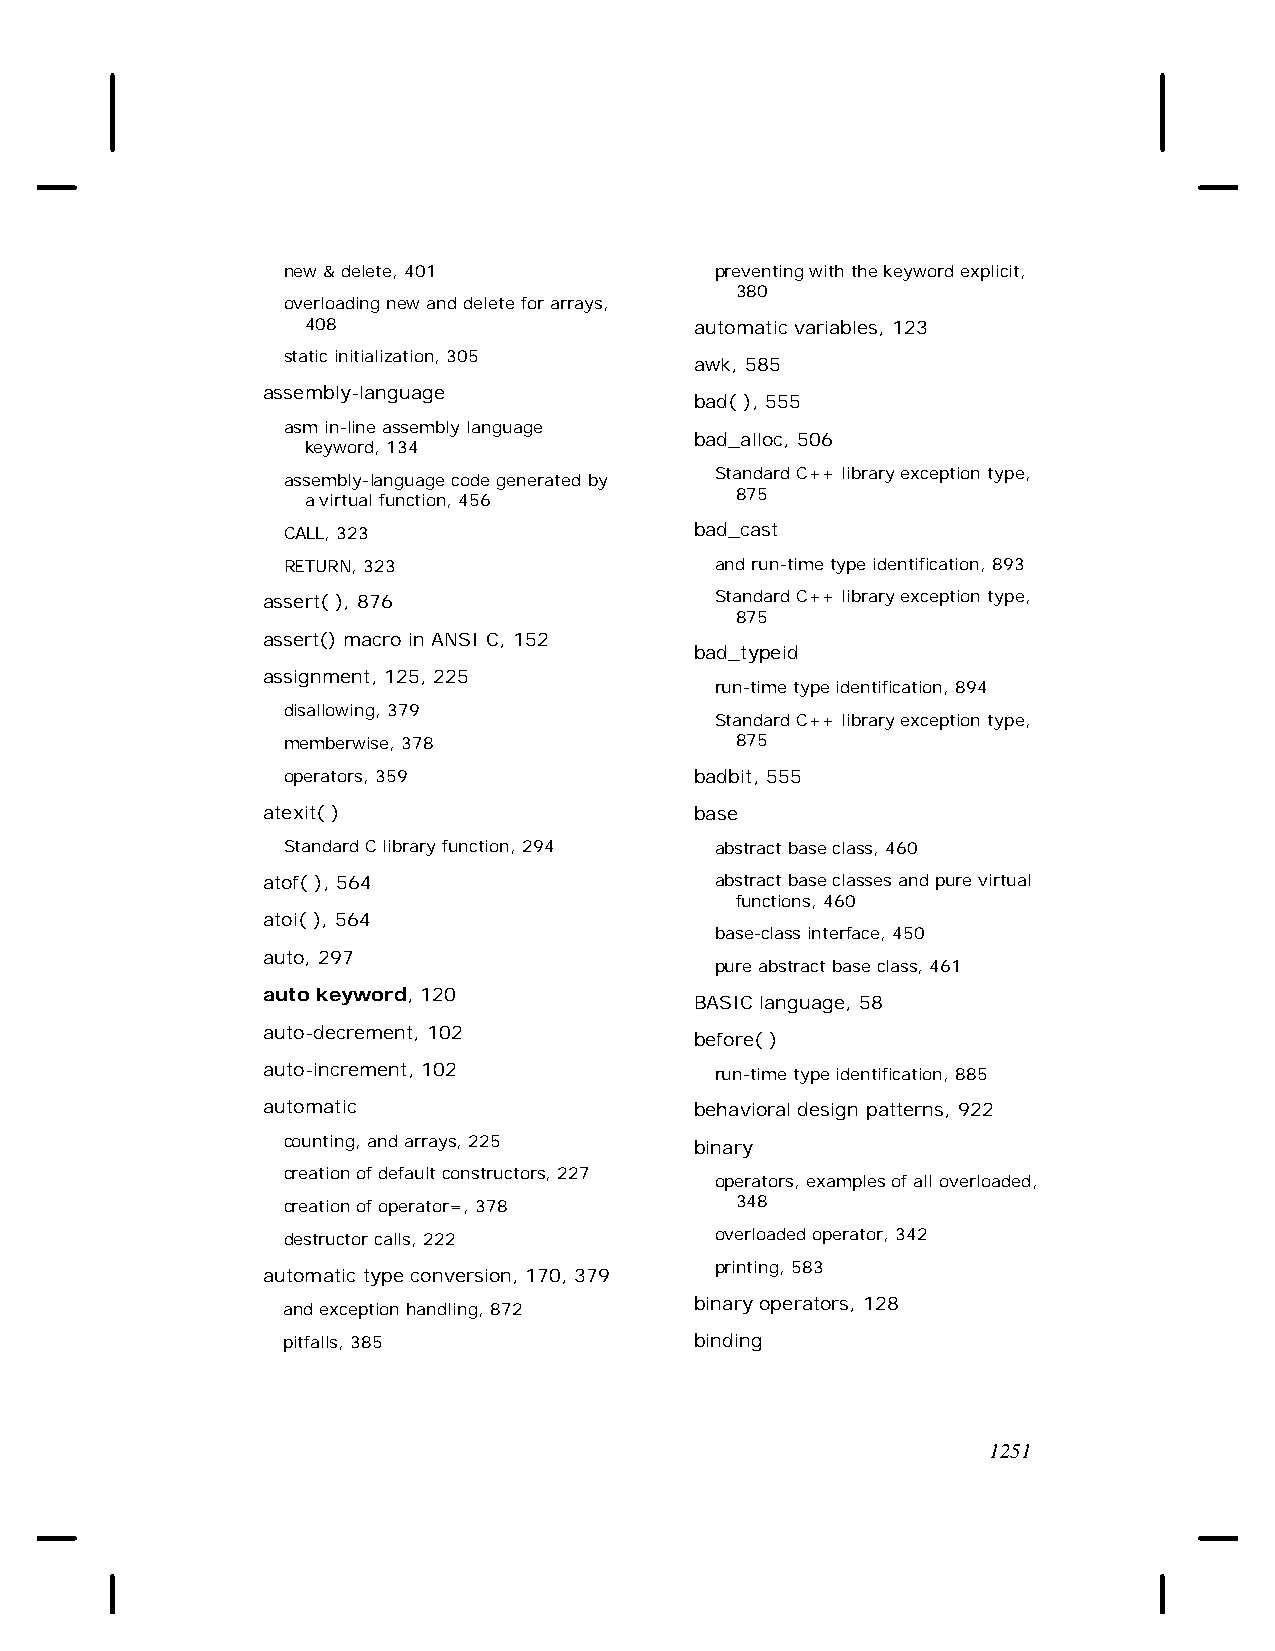
new & delete, 401           preventing with the keyword explicit,
 380
 overloading new and delete for arrays,
 408                       automatic variables, 123
 static initialization, 305
 awk, 585
 assembly-language
 bad( ), 555
 asm in-line assembly language
 bad_alloc, 506
 keyword, 134
 Standard C++ library exception type,
 assembly-language code generated by
 875
 a virtual function, 456
 CALL, 323                  bad_cast
 RETURN, 323                 and run-time type identification, 893
 assert( ), 876                Standard C++ library exception type,
 875
 assert() macro in ANSI C, 152
 bad_typeid
 assignment, 125, 225
 run-time type identification, 894
 disallowing, 379
 Standard C++ library exception type,
 memberwise, 378               875
 operators, 359             badbit, 555
 atexit( )                    base
 Standard C library function, 294 abstract base class, 460
 atof( ), 564                  abstract base classes and pure virtual
 functions, 460
 atoi( ), 564
 base-class interface, 450
 auto, 297
 pure abstract base class, 461
 auto keyword, 120
 BASIC language, 58
 auto-decrement, 102
 before( )
 auto-increment, 102           run-time type identification, 885
 automatic                    behavioral design patterns, 922
 counting, and arrays, 225  binary
 creation of default constructors, 227
 operators, examples of all overloaded,
 creation of operator=, 378    348
 destructor calls, 222       overloaded operator, 342
 printing, 583
 automatic type conversion, 170, 379
 binary operators, 128
 and exception handling, 872
 pitfalls, 385              binding
 1251